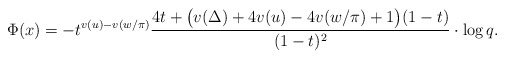
\begin{align*}& \Phi(x)= - t^{v(u)-v(w/\pi)}\frac{4t + \bigl(v(\Delta)+4v(u)-4v(w/\pi)+1\bigr) (1 -t)}{(1-t)^2}\cdot \log q.\end{align*}